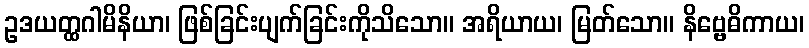
ဥဒယတ္ထဂါမိနိယာ၊ ဖြစ်ခြင်းပျက်ခြင်းကိုသိသော။ အရိယာယ၊ မြတ်သော။ နိဗ္ဗေဓိကာယ၊